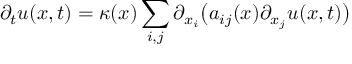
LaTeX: \partial _ { t } u ( x , t ) = \kappa ( x ) \sum _ { i , j } \partial _ { x _ { i } } { \bigl ( } a _ { i j } ( x ) \partial _ { x _ { j } } u ( x , t ) { \bigr ) }